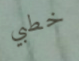
خطبي